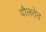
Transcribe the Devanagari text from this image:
दौलतेत